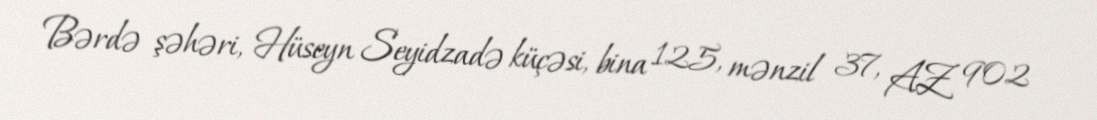
Bərdə şəhəri, Hüseyn Seyidzadə küçəsi, bina 125, mənzil 37, AZ 902